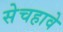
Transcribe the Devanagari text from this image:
सेचहावे